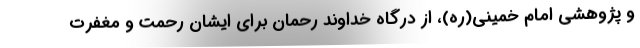
و پژوهشی امام خمینی(ره)، از درگاه خداوند رحمان برای ایشان رحمت و مغفرت